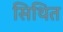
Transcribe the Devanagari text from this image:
सिथित